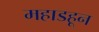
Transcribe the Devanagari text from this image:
महाडहून